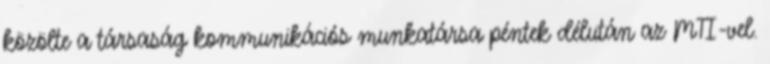
közölte a társaság kommunikációs munkatársa péntek délután az MTI-vel.